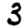
Digit: 3